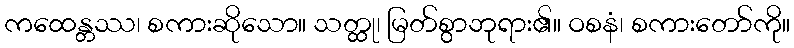
ကထေန္တဿ၊ စကားဆိုသော။ သတ္ထု၊ မြတ်စွာဘုရား၏။ ဝစနံ၊ စကားတော်ကို။